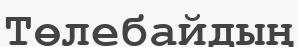
Төлебайдың